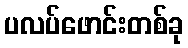
ပလပ်ဖောင်းတစ်ခု